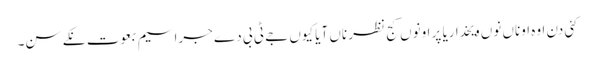
کئی دن اوہ اوناں نوں ویخدا ریا پر اونوں کج نظر ناں آیا کیوں جے ٹی بی دے جراسیم بعوت نکے سن۔